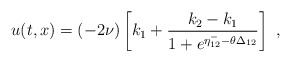
\begin{align*}u(t,x) = (-2\nu) \left[k_1 + \frac{k_2 - k_1}{1 + e^{\eta^-_{12} -\theta\Delta_{12}}}\right]\,\,, \end{align*}